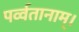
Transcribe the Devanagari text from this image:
पर्व्वतानाम्।